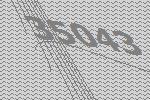
35043